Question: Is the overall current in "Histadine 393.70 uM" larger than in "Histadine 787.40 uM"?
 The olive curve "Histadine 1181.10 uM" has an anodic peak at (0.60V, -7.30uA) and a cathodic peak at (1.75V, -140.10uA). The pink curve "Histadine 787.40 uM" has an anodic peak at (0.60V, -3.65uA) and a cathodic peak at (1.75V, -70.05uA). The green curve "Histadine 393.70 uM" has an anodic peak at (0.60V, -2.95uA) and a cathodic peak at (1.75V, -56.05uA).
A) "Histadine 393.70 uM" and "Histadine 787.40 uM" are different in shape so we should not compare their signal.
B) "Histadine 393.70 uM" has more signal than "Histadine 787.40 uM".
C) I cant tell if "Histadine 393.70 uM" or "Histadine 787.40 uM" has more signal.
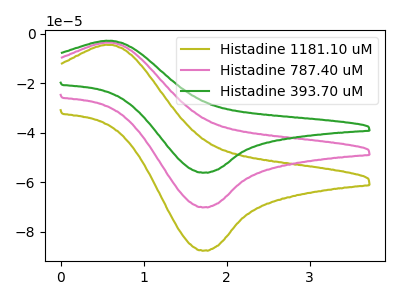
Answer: <think>All the peaks in "Histadine 393.70 uM" have a peak in "Histadine 787.40 uM" at the same potential.
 </think>
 <answer>C) I cant tell if "Histadine 393.70 uM" or "Histadine 787.40 uM" has more signal.</answer>
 <eval>C</eval>